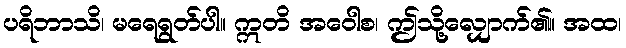
ပရိဘာသိ၊ မရေရွတ်ပါ။ ဣတိ အဝေါစ၊ ဤသို့လျှောက်၏။ အထ၊